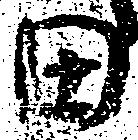
田